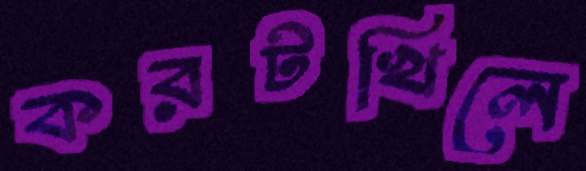
করটখিলে